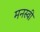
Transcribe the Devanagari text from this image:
मनस्‍वी